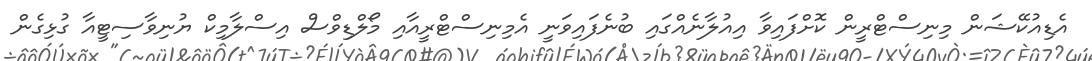
އެޑިއުކޭޝަން މިނިސްޓްރީން ކޮށްފައިވާ އިއުލާނެއްގައި ބުނެފައިވަނީ އެމިނިސްޓްރީއާއި މޯލްޑިވްސް އިސްލާމިކް ޔުނިވާސިޓީއާ ގުޅިގެން